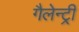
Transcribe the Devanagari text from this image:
गैलेन्ट्री